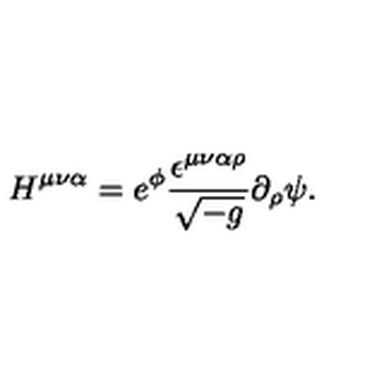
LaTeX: H ^ { \mu \nu \alpha } = e ^ { \phi } \frac { \epsilon ^ { \mu \nu \alpha \rho } } { \sqrt { - g } } \partial _ { \rho } \psi .